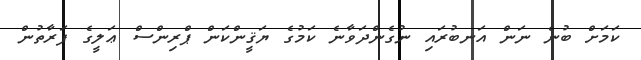
ކަމަށް ބުނެ ނަން އަނބުރައި ނުގެންދަވާނެ ކަމުގެ ޔަޤީންކަން ޕްރިންސް ޢަލީގެ ފަރާތުން